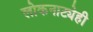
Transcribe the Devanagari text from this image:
लोकनाट्येही